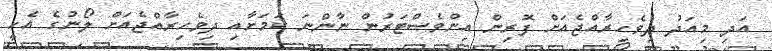
އަދި މިއަދު ދިވެހިރާއްޖެއަށް ފޮރިން އިންވެސްޓަރުން ނާންނަ ކަމަށާއި ދިވެހިރާއްޖެއަށް ލޯނުގެ އެހީ